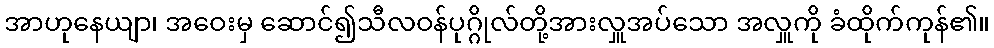
အာဟုနေယျာ၊ အဝေးမှ ဆောင်၍သီလဝန်ပုဂ္ဂိုလ်တို့အားလှူအပ်သော အလှူကို ခံထိုက်ကုန်၏။